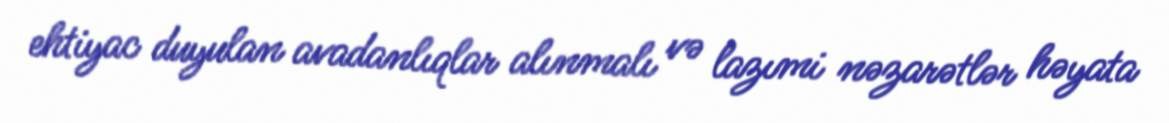
ehtiyac duyulan avadanlıqlar alınmalı və lazımi nəzarətlər həyata